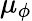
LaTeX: \mu_{\phi}